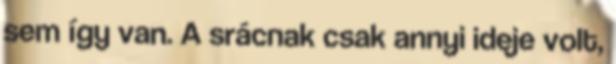
sem így van. A srácnak csak annyi ideje volt,